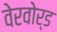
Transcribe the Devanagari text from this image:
वेरवोर्ड